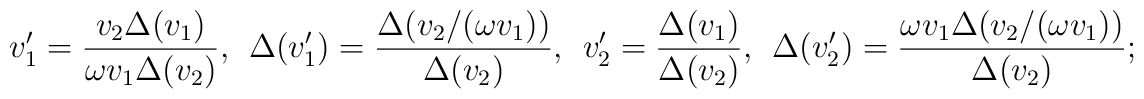
v'_1 = \frac{v_2\Delta (v_1)}{\omega v_1\Delta (v_2)},~~\Delta (v'_1)=\frac{\Delta (v_2/(\omega v_1))}{\Delta (v_2)},~~v'_2=\frac{\Delta (v_1)}{\Delta (v_2)},~~\Delta(v'_2)=\frac{\omega v_1\Delta(v_2/(\omega v_1))}{\Delta(v_2)};